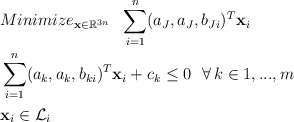
\begin{align*} & Minimize_{\mathbf{x}\in\mathbb{R}^{3n}}\ \ \sum\limits_{i=1}^n(a_J,a_J,b_{Ji})^T\mathbf{x}_i\\ &\sum\limits_{i=1}^n(a_k,a_k,b_{ki})^T\mathbf{x}_i+c_k\le0\ \ \forall\,k\in{1,...,m}\\ & \mathbf{x}_i\in\mathcal{L}_i \end{align*}